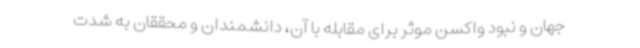
جهان و نبود واکسن موثر برای مقابله با آن، دانشمندان و محققان به شدت